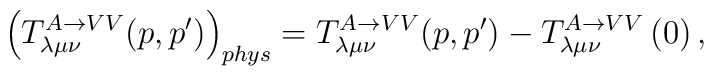
\left( T_{\lambda \mu \nu }^{A\rightarrow VV}(p,p^{\prime })\right)_{phys}=T_{\lambda \mu \nu }^{A\rightarrow VV}(p,p^{\prime })-T_{\lambda \mu\nu }^{A\rightarrow VV}\left( 0\right) ,